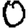
Digit: 0